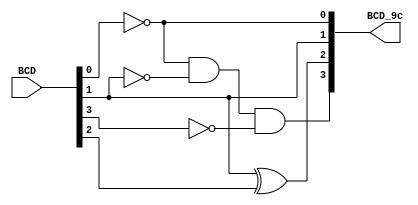
module Lab2_BCD_9c_beh(input [3:0] BCD, output [3:0] BCD_9c);

  reg [3:0] BCD_9c1;

  always @(*) begin
    BCD_9c1[0] = !BCD[0];
    BCD_9c1[1] = BCD[1];
    BCD_9c1[2] = BCD[1] ^ BCD[2];
    BCD_9c1[3] = (!BCD[0]) & (!BCD[1]) & (!BCD[3]);
  end

  assign BCD_9c[0] = BCD_9c1[0];
  assign BCD_9c[1] = BCD_9c1[1];
  assign BCD_9c[2] = BCD_9c1[2];
  assign BCD_9c[3] = BCD_9c1[3];

endmodule